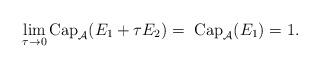
LaTeX: \begin{align*} \lim_{\tau \to 0} \mbox{Cap}_{\mathcal{A}} ( E_1 + \tau E_2 ) = \mbox{ Cap}_{\mathcal{A}} ( E_1 ) =1. \end{align*}